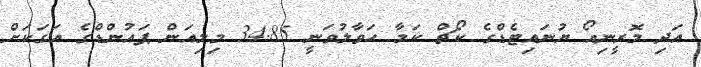
އަދި މޮރީނިއޯ ޔުނައިޓެޑްގެ ކޯޗް ކަމާ ހަވާލުވަނީ 34.85 މިލިއަން ޕައުންޑްގެ އަގަކަށް